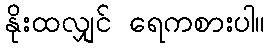
နိုးထလျှင် ရေကစားပါ။